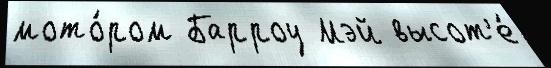
мото́ром Барроу Мэй высот'е́